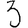
Digit: 3